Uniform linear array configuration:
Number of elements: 48
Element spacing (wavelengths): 0.75
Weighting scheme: kaiser
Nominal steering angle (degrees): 15
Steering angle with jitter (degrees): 14.31
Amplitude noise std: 0.05
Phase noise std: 0.05

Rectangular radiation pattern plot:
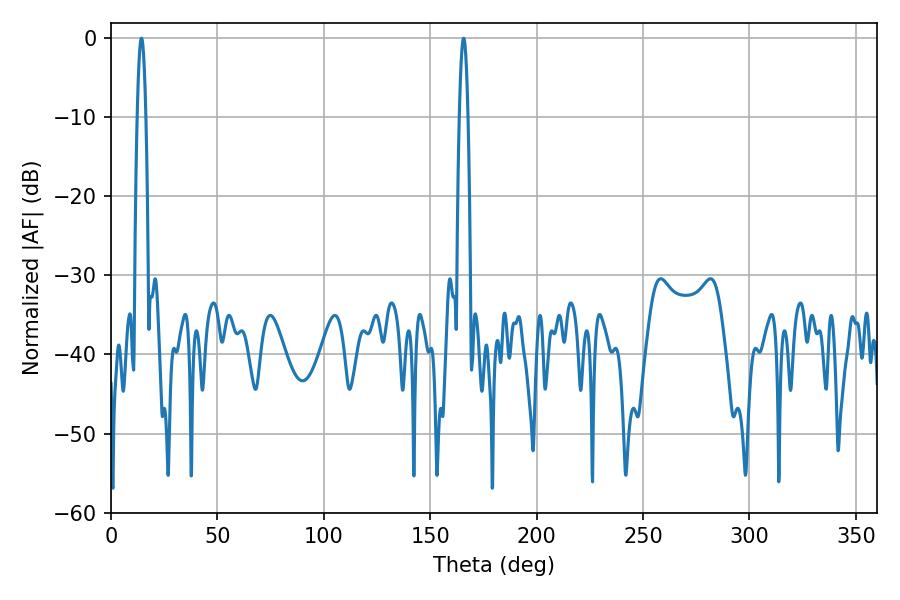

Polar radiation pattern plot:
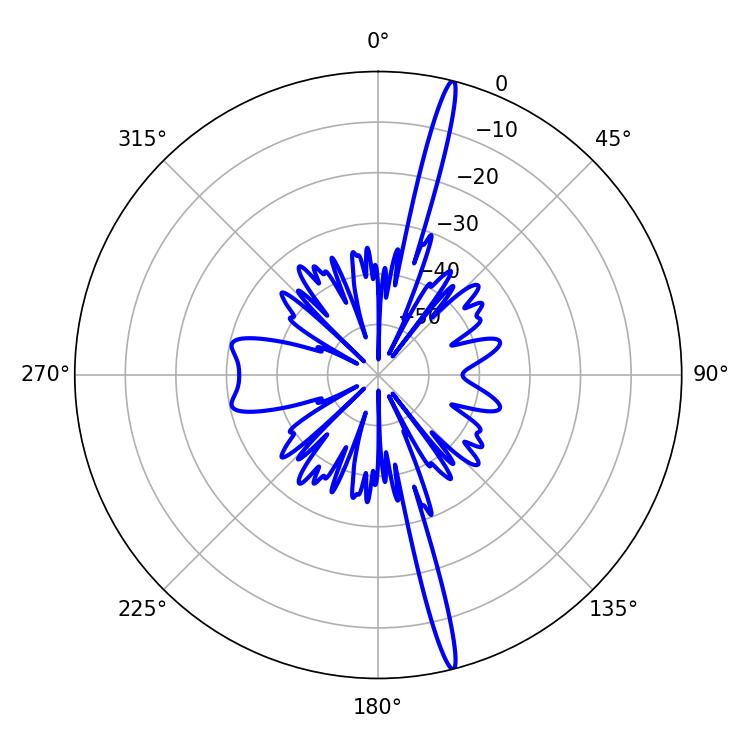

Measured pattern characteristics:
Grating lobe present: TRUE
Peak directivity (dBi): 19.797
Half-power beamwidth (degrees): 2.16
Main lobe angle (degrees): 14.4